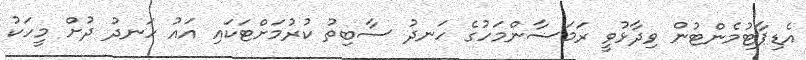
އެޑިޕާޓުމެންޓުން ވިދާޅުވީ ރަމަޟާންމަހުގެ ހަނދު ސާބިތު ކުރުމަށްޓަކައި އައު ހަނދު ދުށް މީހަކު